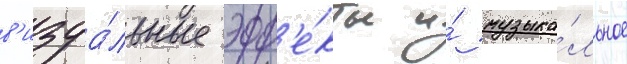
в'изуа́льные эфф'е́кты и́ музыка́льное